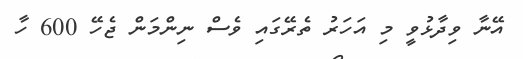
އޭނާ ވިދާޅުވީ މި އަހަރު ތެރޭގައި ވެސް ނިންމަން ޖެހޭ 600 ހާ